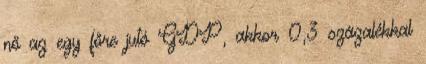
nő az egy főre jutó GDP, akkor 0,3 százalékkal